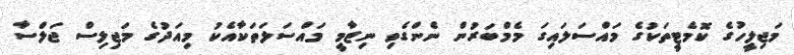
މަޖިލީހުގެ ކޮމެޓީތަކުގެ މައްސަލައިގަ މެމްބަރުން ނެންގެވި ނިޒާމީ މައްސަލަތަކާއެކު މިއަދުގެ މަޖިލިސް ޖަލްސާ